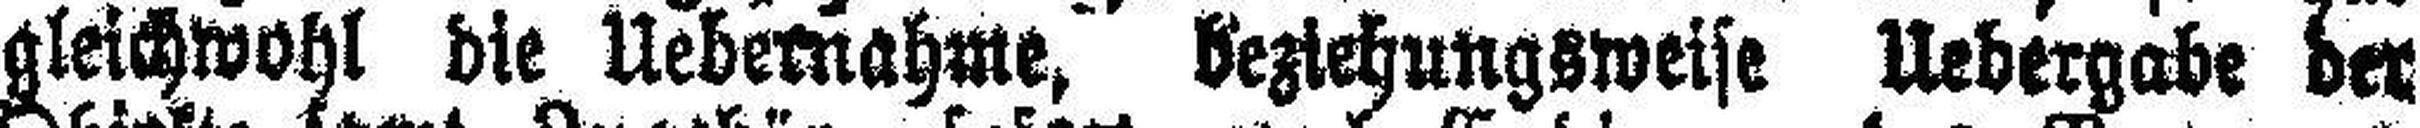
gleichwohl die Uebernahme, beziehungsweise Uebergabe der